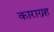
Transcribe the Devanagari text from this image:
काराग्रह